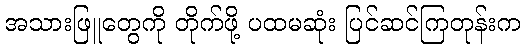
အသားဖြူတွေကို တိုက်ဖို့ ပထမဆုံး ပြင်ဆင်ကြတုန်းက